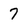
Character: 7